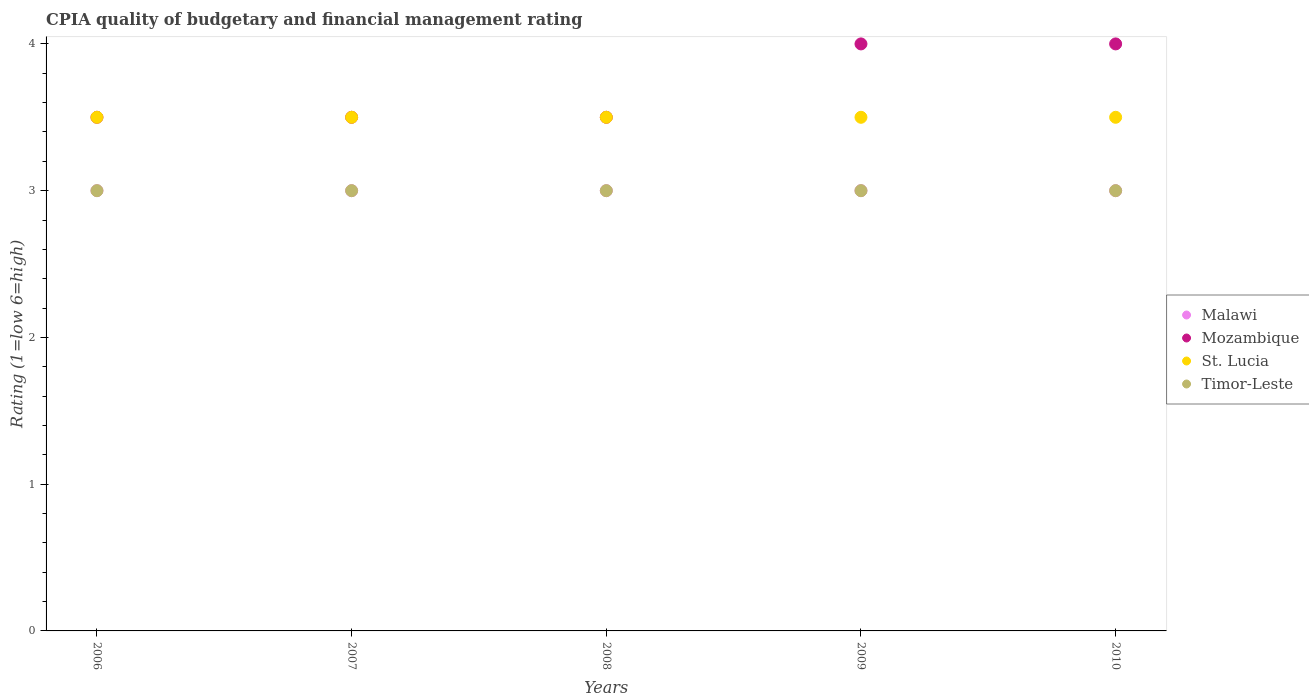
| Years | Malawi | Mozambique | St. Lucia | Timor-Leste |
 | --- | --- | --- | --- | --- |
 | 2006 | 3 | 3.5 | 3.5 | 3 |
 | 2007 | 3 | 3.5 | 3.5 | 3 |
 | 2008 | 3 | 3.5 | 3.5 | 3 |
 | 2009 | 3 | 4 | 3.5 | 3 |
 | 2010 | 3 | 4 | 3.5 | 3 |